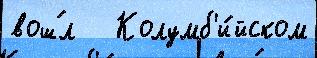
вош́л   Колумб'и́йском